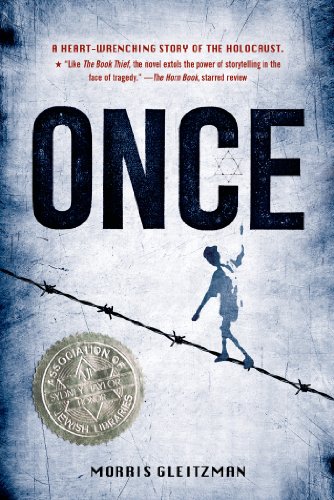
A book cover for Once (Once Series); Morris Gleitzman; Teen & Young Adult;